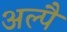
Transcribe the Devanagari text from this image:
अल्पै